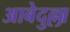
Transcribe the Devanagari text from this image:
आबेदुल्ला